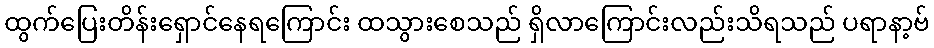
ထွက်ပြေးတိန်းရှောင်နေရကြောင်း ထသွားစေသည် ရှိလာကြောင်းလည်းသိရသည် ပရာနာ့ဗ်